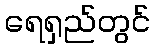
ရေရှည်တွင်